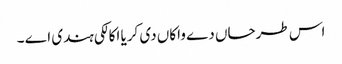
اس طرحاں دے واکاں دی کریا اکالکی ہندی اے ۔